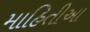
માહિતીઆ